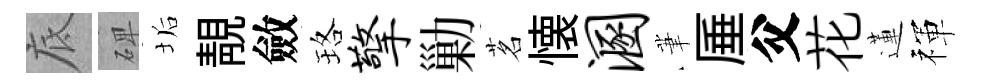
底𥓓垢靚斂珞擎勦茗懐溷茟厜父花蓮禈